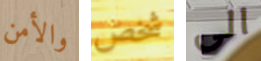
والأمن شخص الى